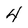
Character: 4